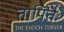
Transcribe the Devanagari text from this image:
तापितैः